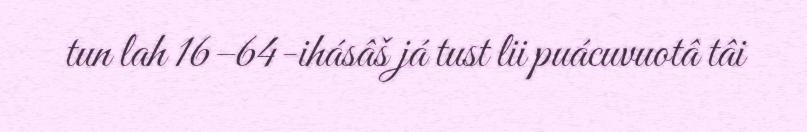
tun lah 16–64-ihásâš já tust lii puácuvuotâ tâi